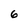
Character: 6